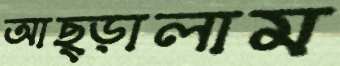
আছ্‌ড়ালাম